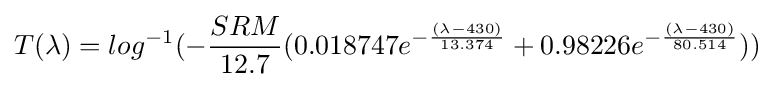
T(\lambda )=log^{-1}(-{SRM \over 12.7}(0.018747e^{-{(\lambda -430) \over 13.374}}+0.98226e^{-{(\lambda -430) \over 80.514}}))